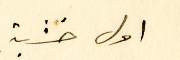
اول خشبة